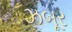
ઝબૂર